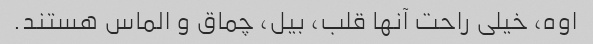
اوه، خیلی راحت آنها قلب، بیل، چماق و الماس هستند.